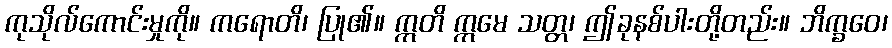
ကုသိုလ်ကောင်းမှုကို။ ကရောတိ၊ ပြု၏။ ဣတိ ဣမေ သတ္တ၊ ဤခုနစ်ပါးတို့တည်း။ ဘိက္ခဝေ၊